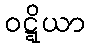
ဝဋ္ဋိယာ